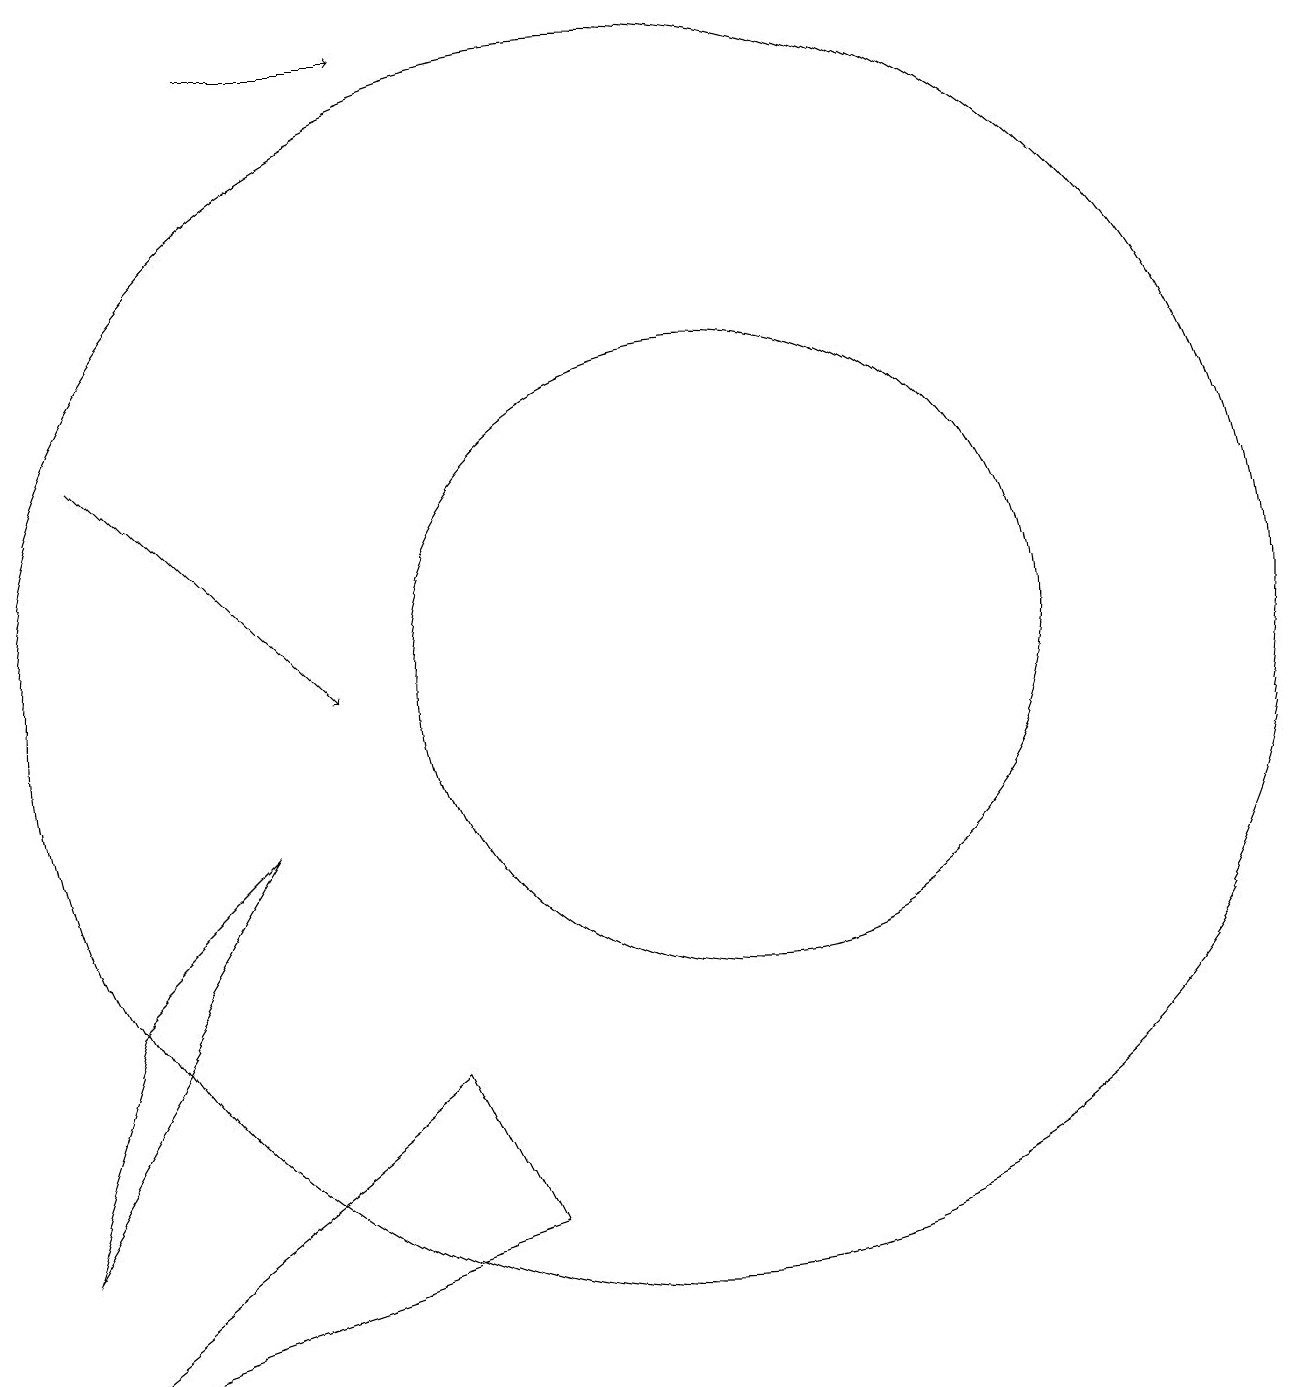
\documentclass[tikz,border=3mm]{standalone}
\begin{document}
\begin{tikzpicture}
\draw (6,14) rectangle (6,14);
\draw (11,10) circle (0);
\draw[->] (6,19) -- (8,19);
\draw (11,11) circle (8);
\draw (12,11) circle (4);
\draw[->] (4,14) -- (7,11);
\draw (4,7) -- (6,9) -- (3,4) -- cycle;
\draw (8,6) -- (3,2) -- (9,4) -- cycle;
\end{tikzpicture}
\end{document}